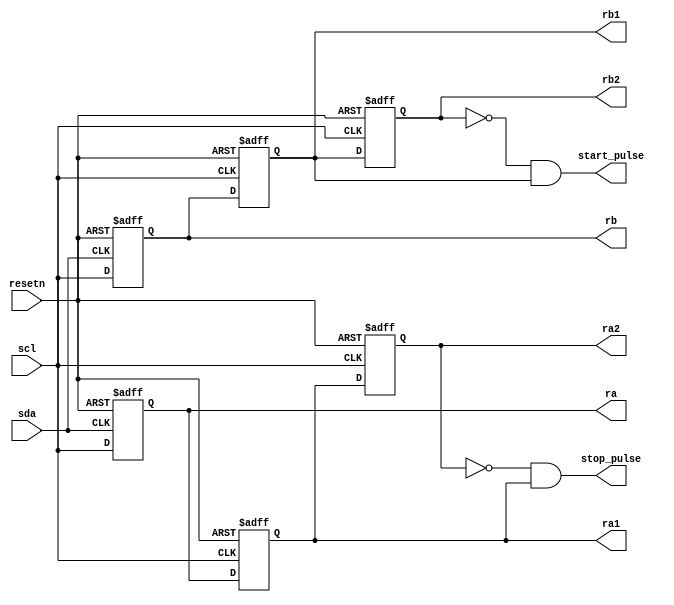
`timescale 1us / 1ns
//////////////////////////////////////////////////////////////////////////////////
// Company: 
// Engineer: 
// 
// Design Name: 
// Module Name: i2c_start_stop
// Project Name: 
// Target Devices: 
// Tool Versions: 
// Description: 
// 
// Dependencies: 
// 
// Revision:
// Revision 0.01 - File Created
// Additional Comments:
// 
//////////////////////////////////////////////////////////////////////////////////
module start_stop(scl, sda, ra2, rb2, ra1, rb1, ra, rb, start_pulse, stop_pulse, resetn);
input scl, sda, resetn;
output reg ra;
output reg rb;
output reg ra1;
output reg rb2;
output reg ra2;
output reg rb1;
output start_pulse;
output stop_pulse;

// detects rising edge of sda for stop condition 
always @ (posedge sda, negedge resetn) 
begin
    if (resetn==0)
        ra=0;
    else
        ra <= scl;
end 
// detects falling edge of sda for start condition
always @ (negedge sda, negedge resetn)
begin
    if (resetn==0)
            rb=0;
else
    rb <= scl;
end
//stores i/p of ra(stop condition) 
always@ (posedge scl, negedge resetn)
begin
    if (resetn==0)
        ra1=0;
    else
        ra1<= ra;
end 
 
//stores i/p of rb(start condition)
always@ (posedge scl, negedge resetn)
begin
    if (resetn==0)
        rb1=0;
    else
        rb1<= rb;
end 

//creates another signal of ra1 which is delayed by 1 clock cycle
always@ (posedge scl, negedge resetn)
begin
    if (resetn==0)
        ra2=0;
    else
        ra2<= ra1;
end 

////creates another signal of rb1 which is delayed by 1 clock cycle
always@ (posedge scl, negedge resetn)
begin
    if (resetn==0)
        rb2=0;
    else
        rb2<= rb1;
end 

// creates a pulse for start and stop condition
assign start_pulse= ~rb2 & rb1;
assign stop_pulse= ~ra2 & ra1;


endmodule